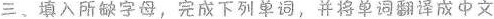
三、填入所缺字母，完成下列单词，并将单词翻译成中文